Civil Veterinary Dept. Bombay admin report 1907-1913 - 1907-1913
Year: 1907
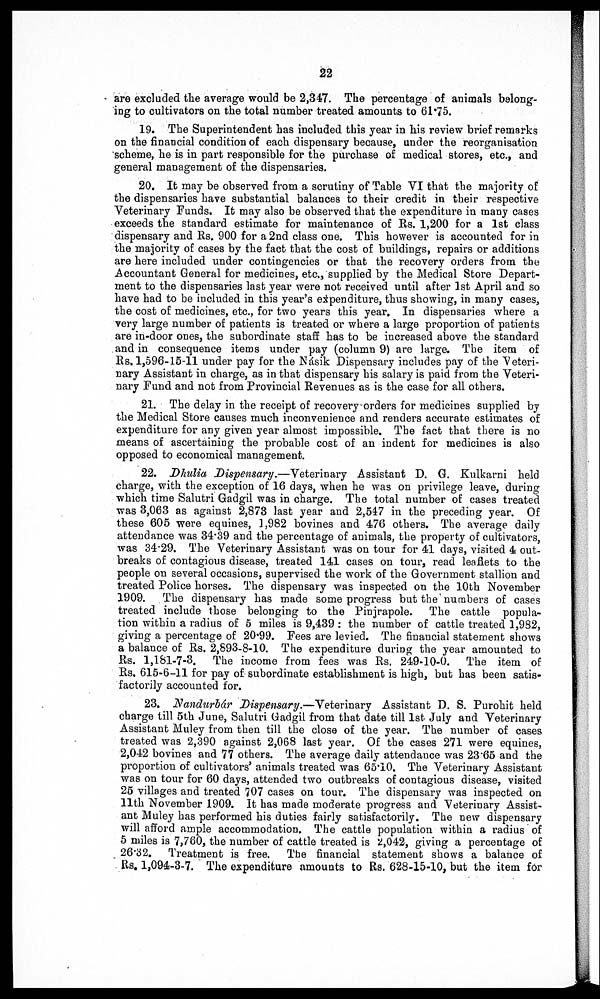
22
are excluded the average would be 2,347. The percentage of animals belong-
ing to cultivators on the total number treated amounts to 61.75.
19. The Superintendent has included this year in his review brief remarks
on the financial condition of each dispensary because, under the reorganisation
scheme, he is in part responsible for the purchase of medical stores, etc., and
general management of the dispensaries.
20. It may be observed from a scrutiny of Table VI that the majority of
the dispensaries have substantial balances to their credit in their respective
Veterinary Funds. It may also be observed that the expenditure in many cases
exceeds the standard estimate for maintenance of Rs. 1,200 for a 1st class
dispensary and Rs. 900 for a 2nd class one. This however is accounted for in
the majority of cases by the fact that the cost of buildings, repairs or additions
are here included under contingencies or that the recovery orders from the
Accountant General for medicines, etc., supplied by the Medical Store Depart-
ment to the dispensaries last year were not received until after 1st April and so
have had to be included in this year's expenditure, thus showing, in many cases,
the cost of medicines, etc., for two years this year. In dispensaries where a
very large number of patients is treated or where a large proportion of patients
are in-door ones, the subordinate staff has to be increased above the standard
and in consequence items under pay (column 9) are large. The item of
Rs. 1,596-15-11 under pay for the Násik Dispensary includes pay of the Veteri-
nary Assistant in charge, as in that dispensary his salary is paid from the Veteri-
nary Fund and not from Provincial Revenues as is the case for all others.
21. The delay in the receipt of recovery orders for medicines supplied by
the Medical Store causes much inconvenience and renders accurate estimates of
expenditure for any given year almost impossible. The fact that there is no
means of ascertaining the probable cost of an indent for medicines is also
opposed to economical management.
22. Dhulia Dispensary.—Veterinary Assistant D. G. Kulkarni held
charge, with the exception of 16 days, when he was on privilege leave, during
which time Salutri Gadgil was in charge. The total number of cases treated
was 3,063 as against 2,873 last year and 2,547 in the preceding year. Of
these 605 were equines, 1,982 bovines and 476 others. The average daily
attendance was 3439 and the percentage of animals, the property of cultivators,
was 3429, The Veterinary Assistant was on tour for 41 days, visited 4 out-
breaks of contagious disease, treated 141 cases on tour, read leaflets to the
people on several occasions, supervised the work of the Government stallion and
treated Police horses. The dispensary was inspected on the 10th November
1909. The dispensary has made some progress but the numbers of cases
treated include those belonging to the Pinjrapole. The cattle popula-
tion within a radius of 5 miles is 9,439: the number of cattle treated 1,982,
giving a percentage of 20.99. Pees are levied. The financial statement shows
a balance of Rs. 2,893-8-10. The expenditure during the year amounted to
Rs. 1,181-7-3. The income from fees was Rs. 249-10-0. The item of
Rs. 615-6-11 for pay of subordinate establishment is high, but has been satis-
factorily accounted for.
23. Nadurbár Dispensary.—Veterinary Assistant D. S. Purohit held
charge till 5th June, Salutri Gadgil from that date till 1st July and Veterinary
Assistant Muley from then till the close of the year. The number of cases
treated was 2,390 against 2,068 last year. Of the cases 271 were equines,
2,042 bovines and 77 others. The average daily attendance was 23.65 and the
proportion of cultivators' animals treated was 65'10. The Veterinary Assistant
was on tour for 60 days, attended two outbreaks of contagious disease, visited
25 villages and treated 707 cases on tour. The dispensary was inspected on
11th November 1909. It has made moderate progress and Veterinary Assist-
ant Muley has performed his duties fairly satisfactorily. The new dispensary
will afford ample accommodation. The cattle population within a radius of
5 miles is 7,760, the number of cattle treated is 2,042, giving a percentage of
26.32. Treatment is free. The financial statement shows a balance of
Rs. 1,094-3-7. The expenditure amounts to Rs. 628-15-10, but the item for